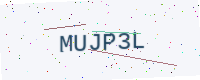
Text: MUJP3L